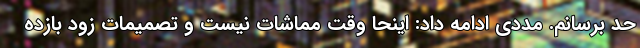
حد برسانم. مددی ادامه داد: اینحا وقت مماشات نیست و تصمیمات زود بازده